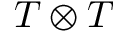
T \otimes T